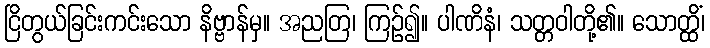
ငြိတွယ်ခြင်းကင်းသော နိဗ္ဗာန်မှ။ အညတြ၊ ကြဉ်၍။ ပါဏိနံ၊ သတ္တဝါတို့၏။ သောတ္ထိံ၊